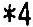
*4